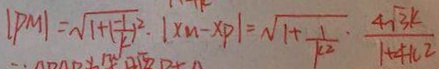
\vert P M \vert = \sqrt { 1 + ( \frac { - 1 } { k } ) ^ { 2 } } \cdot \vert x n - x P \vert = \sqrt { 1 + \frac { 1 } { k ^ { 2 } } } \cdot \frac { 4 \sqrt { 3 } k } { 1 + 4 k ^ { 2 } }